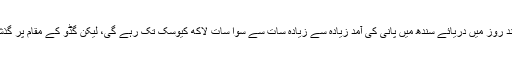
سندھ میں محکمۂ آبپاشی کا کہنا تھا کہ آنے والے چند روز میں دریائے سندھ میں پانی کی آمد زیادہ سے زیادہ سات سے سوا سات لاکھ کیوسک تک رہے گی، لیکن گڈو کے مقام پر گذشتہ شب ہی پانی چھ لاکھ کیوسک سے بڑھ چکا تھا۔